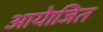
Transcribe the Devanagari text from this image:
आयेाजित